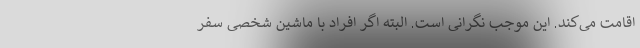
اقامت می‌کند. این موجب نگرانی است. البته اگر افراد با ماشین شخصی سفر